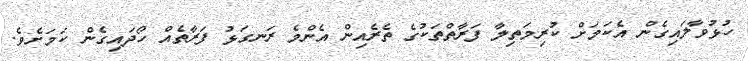
ހުޅުވާލައިގެން އެކަމަށް ކުރިމަތިލާ ފަރާތްތަކުގެ ތެރެއިން އެންމެ ރަނގަޅު ފަރާތެއް ހޯދައިގެން ކަމަށެވެ.